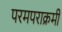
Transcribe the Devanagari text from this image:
परमपराक्रमी